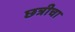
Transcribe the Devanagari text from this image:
छत्रीचा